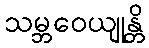
သမ္ဘဝေယျုန္တိ